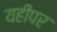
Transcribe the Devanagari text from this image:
यहींपर